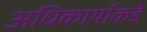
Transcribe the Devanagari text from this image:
अधिकार्याकडे